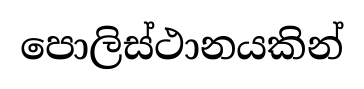
පොලිස්ථානයකින්